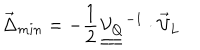
\vec { \Delta } _ { m i n } = - \frac { 1 } { 2 } \underline { { { \underline { { { \mathcal { V } _ { Q } } } } } } } ^ { - 1 } \cdot \vec { \mathcal { V } } _ { L }